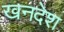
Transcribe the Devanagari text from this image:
खनदेश